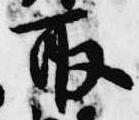
取